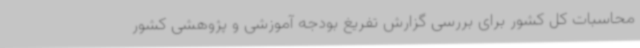
محاسبات کل کشور برای بررسی گزارش تفریغ بودجه آموزشی و پژوهشی کشور